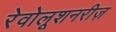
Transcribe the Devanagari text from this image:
रेवोलूशनरीज़